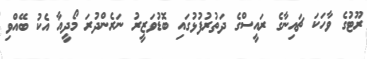
ރޫޓުގެ ވާހަކަ ޗައިނާގެ ރައީސްގެ ދަތުރުފުޅުގައި ބޮޑުވަޒީރު ނަރެންދުރަ މޯދީއާ އެކު ބޭއްވި